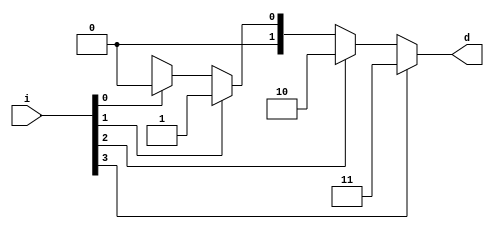
module prio4x2(input[3:0]i,output reg[1:0]d);

always@(*)
	case(1'b1)
		i[3] :d=2'b11;
		i[2] :d=2'b10;
		i[1] :d=2'b01;
		i[0] :d=2'b00;
		default :d=z;
		
	endcase
endmodule